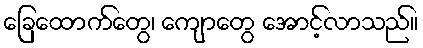
ခြေထောက်တွေ၊ ကျောတွေ အောင့်လာသည်။